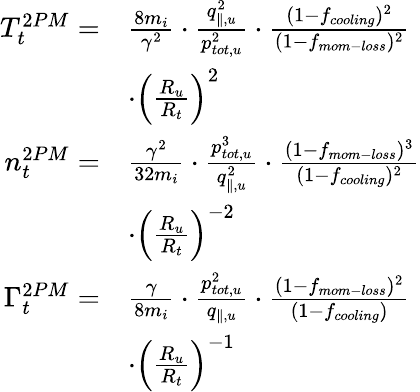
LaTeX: \begin{array}{rl}{T_{t}^{2PM}=}&{\frac{8m_{i}}{\gamma^{2}}\cdot\frac{q_{\parallel,u}^{2}}{p_{tot,u}^{2}}\cdot\frac{(1-f_{cooling})^{2}}{(1-f_{mom-loss})^{2}}}\\ &{\cdot\left(\frac{R_{u}}{R_{t}}\right)^{2}}\\ {n_{t}^{2PM}=}&{\frac{\gamma^{2}}{32m_{i}}\cdot\frac{p_{tot,u}^{3}}{q_{\parallel,u}^{2}}\cdot\frac{(1-f_{mom-loss})^{3}}{(1-f_{cooling})^{2}}}\\ &{\cdot\left(\frac{R_{u}}{R_{t}}\right)^{-2}}\\ {\Gamma_{t}^{2PM}=}&{\frac{\gamma}{8m_{i}}\cdot\frac{p_{tot,u}^{2}}{q_{\parallel,u}}\cdot\frac{(1-f_{mom-loss})^{2}}{(1-f_{cooling})}}\\ &{\cdot\left(\frac{R_{u}}{R_{t}}\right)^{-1}}\end{array}